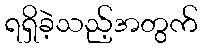
ရရှိခဲ့သည့်အတွက်